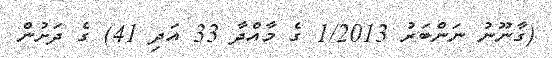
(ގާނޫނު ނަންބަރު 1/2013 ގެ މާއްދާ 33 އަދި 41) ގެ ދަށުން